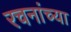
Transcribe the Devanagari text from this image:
रचनांच्या